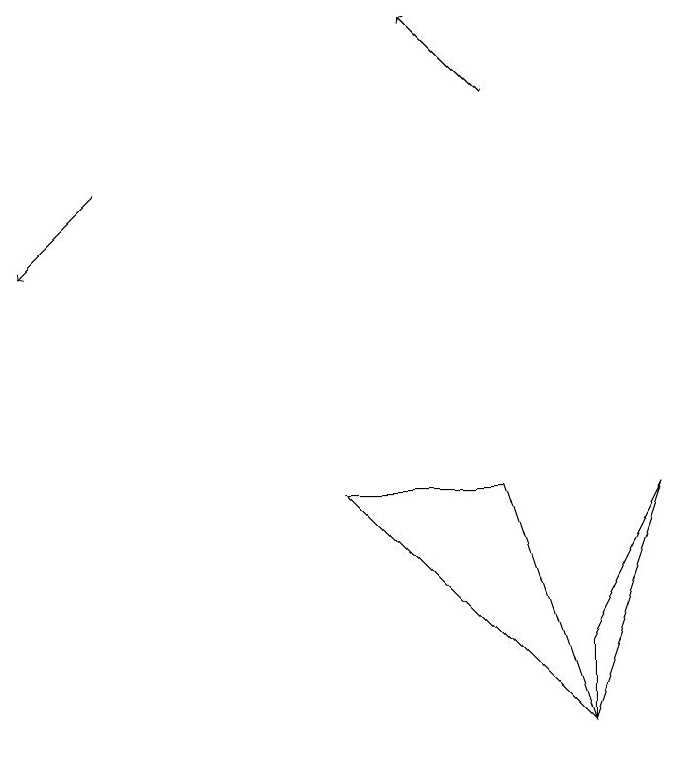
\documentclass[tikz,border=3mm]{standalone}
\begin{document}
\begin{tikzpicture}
\draw (8,6) -- (9,9) -- (8,7) -- cycle;
\draw[->] (7,14) -- (6,15);
\draw[->] (2,13) -- (1,12);
\draw (5,9) -- (8,6) -- (7,9) -- cycle;
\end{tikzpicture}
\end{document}